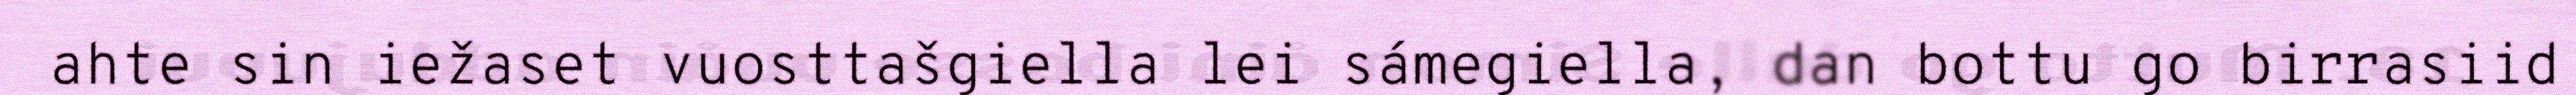
ahte sin iežaset vuosttašgiella lei sámegiella, dan bottu go birrasiid